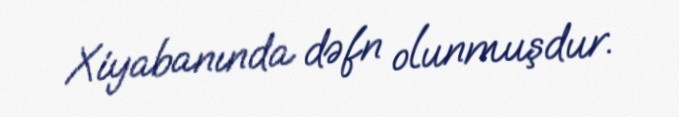
Xiyabanında dəfn olunmuşdur.